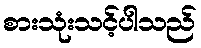
စားသုံးသင့်ပါသည်